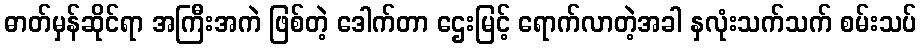
ဓာတ်မှန်ဆိုင်ရာ အကြီးအကဲ ဖြစ်တဲ့ ဒေါက်တာ ဌေးမြင့် ရောက်လာတဲ့အခါ နှလုံးသက်သက် စမ်းသပ်